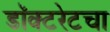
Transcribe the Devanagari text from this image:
डॉक्टरेटचा